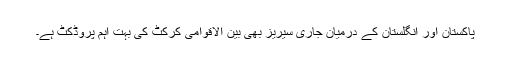
پاکستان اور انگلستان کے درمیان جاری سیریز بھی بین الاقوامی کرکٹ کی بہت اہم پروڈکٹ ہے۔